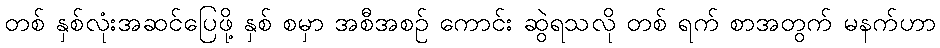
တစ် နှစ်လုံးအဆင်ပြေဖို့ နှစ် စမှာ အစီအစဉ် ကောင်း ဆွဲရသလို တစ် ရက် စာအတွက် မနက်ဟာ